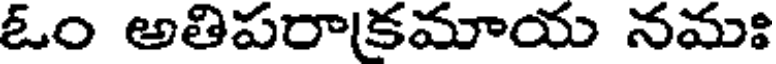
ఓం అతిపరాకమాయ నమః